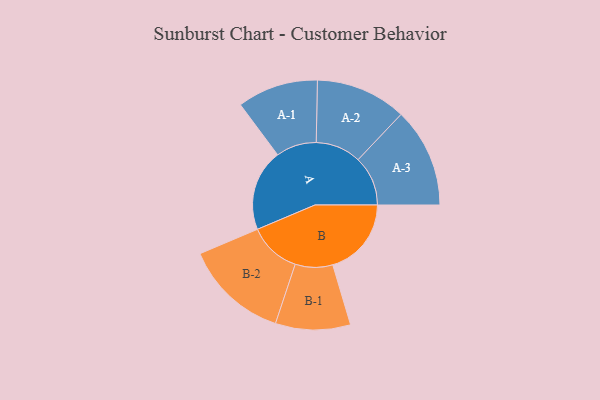
{"axis": {"x": "Segment", "y": "Value"}, "legend": ["", "A", "B"], "data": [{"x": "A", "y": 464, "type": ""}, {"x": "B", "y": 447, "type": ""}, {"x": "A-1", "y": 230, "type": "A"}, {"x": "A-2", "y": 258, "type": "A"}, {"x": "A-3", "y": 283, "type": "A"}, {"x": "B-1", "y": 213, "type": "B"}, {"x": "B-2", "y": 296, "type": "B"}]}